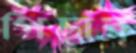
পিছার